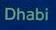
dhabi